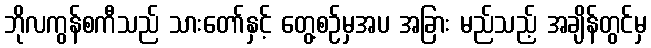
ဘိုလကွန်စကီသည် သားတော်နှင့် တွေ့စဉ်မှအပ အခြား မည်သည့် အချိန်တွင်မှ